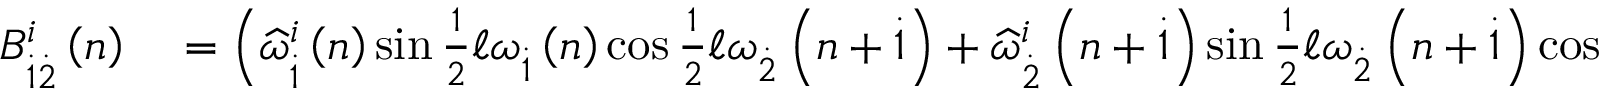
\begin{array} { r l } { B _ { \overset { . } { 1 } \overset { . } { 2 } } ^ { i } \left( n \right) } & { { } = \left( \widehat { \omega } _ { \overset { . } { 1 } } ^ { i } \left( n \right) \sin \frac { 1 } { 2 } \mathcal { \ell } \omega _ { \overset { . } { 1 } } \left( n \right) \cos \frac { 1 } { 2 } \mathcal { \ell } \omega _ { \overset { . } { 2 } } \left( n + \overset { . } { 1 } \right) + \widehat { \omega } _ { \overset { . } { 2 } } ^ { i } \left( n + \overset { . } { 1 } \right) \sin \frac { 1 } { 2 } \mathcal { \ell } \omega _ { \overset { . } { 2 } } \left( n + \overset { . } { 1 } \right) \cos \frac { 1 } { 2 } \mathcal { \ell } \omega _ { \overset { . } { 1 } } \left( n \right) \right. } \end{array}